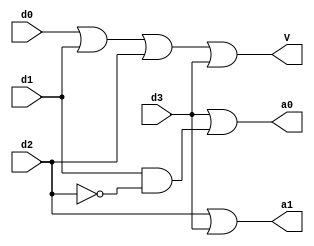
module encoder42_aha(a0, a1, V, d0, d1, d2, d3);

	input d0, d1, d2, d3;
	output a0, a1, V;
	
	assign a0 = d3 | (d1 & (~d2));
	assign a1 = d2 | d3;
	assign V = d0 | d1 | d2 | d3;

endmodule